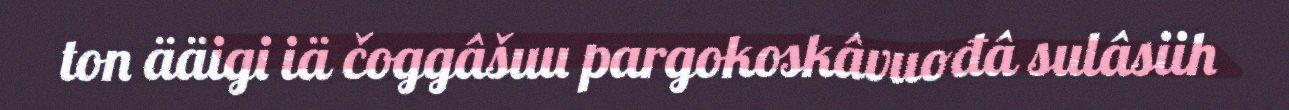
ton ääigi iä čoggâšuu pargokoskâvuođâ sulâsiih